Medical and sanitary report of the native army of Madras for the year
Year: 1878
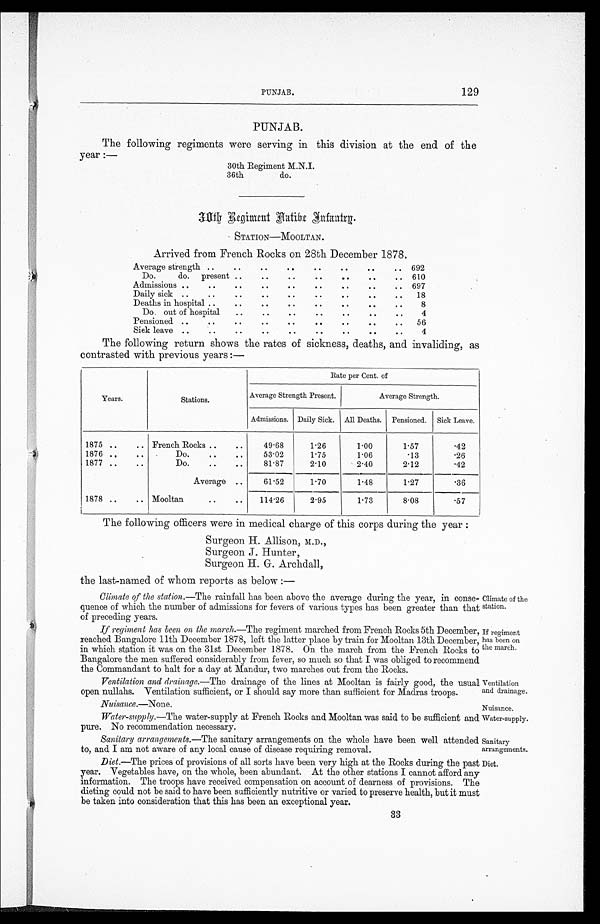
PUNJAB.
129
Climate of the
station.
If regiment
has been on
the march.
Nuisance.—None.
Nuisance.
Water-supply.
sanitary
arrangements.
Diet.
PUNJAB.
The following regiments were serving in this division at the end of the
year :—
30th Regiment M.N.I.
36th
do.
STATION—MOOLTAN.
Arrived from French Rocks on 28th December 1878.
Average strength .. .. .. .. .. .. .. ..
692
Do.
do.
present
.. ..
..
..
.. ..
..
610
Admissions ..
..
..
..
.. .. ..
..
..
697
Daily sick
.. .. ..
..
..
..
.. .. ..
18
Deaths in hospital ..
..
..
.. .. ..
..
..
8
Do. out of hospital
..
..
.. ..
..
..
..
4
Pensioned ..
.. .. ..
..
..
..
..
..
56
Sick leave ..
.. ..
..
..
..
..
.. ..
4
The following return shows the rates of sickness, deaths, and invaliding, as
contrasted with previous years:—
Years.
Stations.
Rate per Cent. of
Average Strength Present.
Average Strength.
Admissions. Daily Sick.
All Deaths.
Pensioned.
Sick Leave.
1875 ..
.. French Rocks ..
..
49.68
1.26
1.00
1.57
.42
1876 ..
..
Do.
..
..
53.02
1.75
1.06
.13
.26
1877 ..
..
Do.
..
..
81.87
2.10
2.40
2.12
.42
Average ..
61.52
1.70
1.48
1.27
.36
1878 ..
.. Mooltan
..
..
114.26
2.95
1.73
8.08
.57
The following officers were in medical charge of this corps during the year :
Surgeon H. Allison, M.D.,
Surgeon J. Hunter,
Surgeon H. G. Archdall,
the last-named of whom reports as below :—
Climate of the station.— The rainfall has been above the average during the year, in conse-
quence of which the number of admissions for fevers of various types has been greater than that
of preceding years.
If regiment has been on the march.— The regiment marched from French Rocks 5th December,
reached Bangalore 11th December 1878, left the latter place by train for Mooltan 13th December,
in which station it was on the 31st December 1878. On the march from the French Rocks to
Bangalore the men suffered considerably from fever, so much so that I was obliged to recommend
the Commandant to halt for a day at Mandur, two marches out from the Rocks.
Ventilation and drainage.—The drainage of the lines at Mooltan is fairly good, the usual
open nullahs. Ventilation sufficient, or I should say more than sufficient for Madras troops.
Ventilation
and drainage.
Water-supply.— The water-supply at French Rocks and Mooltan was said to be sufficient and
pure. No recommendation necessary.
Sanitary arrangements.— The sanitary arrangements on the whole have been well attended
to, and I am not aware of any local cause of disease requiring removal.
Diet.—The prices of provisions of all sorts have been very high at the Rocks during the past
year. Vegetables have, on the whole, been abundant. At the other stations I cannot afford any
information. The troops have received compensation on account of dearness of provisions. The
dieting could not be said to have been sufficiently nutritive or varied to preserve health, but it must
be taken into consideration that this has been an exceptional year.